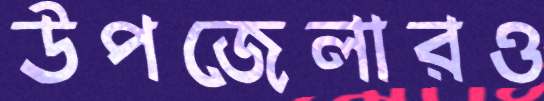
উপজেলারও